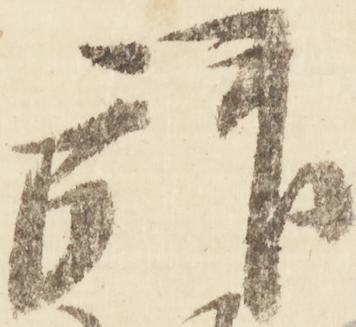
拝